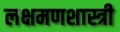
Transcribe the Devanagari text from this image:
लक्षमणशास्त्री